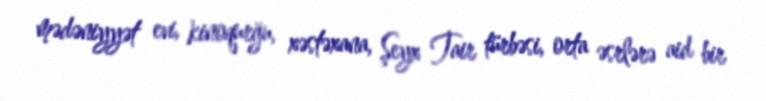
mədəniyyət evi, kinoqurğu, xəstəxana, Şeyx Tair türbəsi, orta əsrlərə aid bir